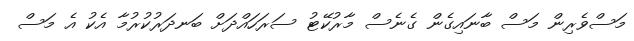
މަސްވެރިން މަސް ބާނައިގެން ގެނެސް މާރުކޭޓު ސަރަހައްދަށް ބަނދަރުކުރުމާ އެކު އެ މަސް